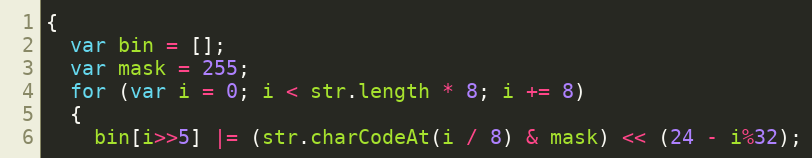
Language: JavaScript
{
  var bin = [];
  var mask = 255;
  for (var i = 0; i < str.length * 8; i += 8)
  {
    bin[i>>5] |= (str.charCodeAt(i / 8) & mask) << (24 - i%32);